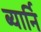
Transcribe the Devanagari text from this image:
ब्यार्नि